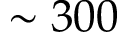
\sim 3 0 0